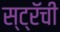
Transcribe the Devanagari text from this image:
स्ट्रॅची